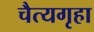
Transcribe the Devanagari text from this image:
चैत्यगृहा